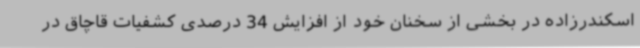
اسکندرزاده در بخشی از سخنان خود از افزایش 34 درصدی کشفیات قاچاق در